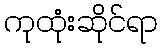
ကုထုံးဆိုင်ရာ